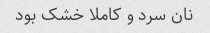
نان سرد و کاملا خشک بود